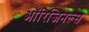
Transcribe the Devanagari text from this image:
ऑरिजिनल्स